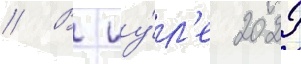
// В иу́л'е 2022